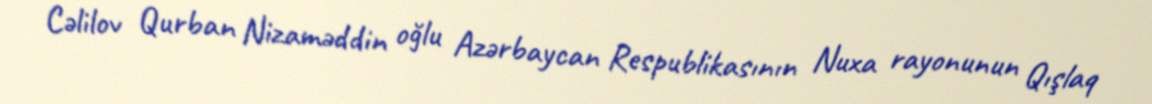
Cəlilov Qurban Nizaməddin oğlu Azərbaycan Respublikasının Nuxa rayonunun Qışlaq